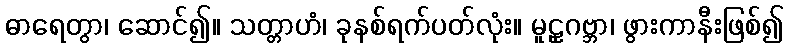
ဓာရေတွာ၊ ဆောင်၍။ သတ္တာဟံ၊ ခုနစ်ရက်ပတ်လုံး။ မူဠှဂဗ္ဘာ၊ ဖွားကာနီးဖြစ်၍